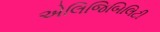
એલિજિબિલિટી